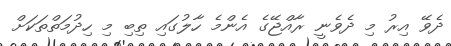
ދެވޭ އިރު މި ދެވެނީ ރާއްޖޭގެ އެންމެ ހާލުގައި ތިބި މި ހިދުމަތްތަކަށް